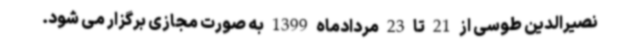
نصیرالدین طوسی از 21 تا 23 مردادماه 1399 به صورت مجازی برگزار می شود.